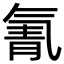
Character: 氰